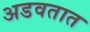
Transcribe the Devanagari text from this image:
अडवतात